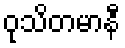
ဝုသိတမာနီ